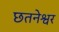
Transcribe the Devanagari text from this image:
छतनेश्वर